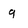
Character: g